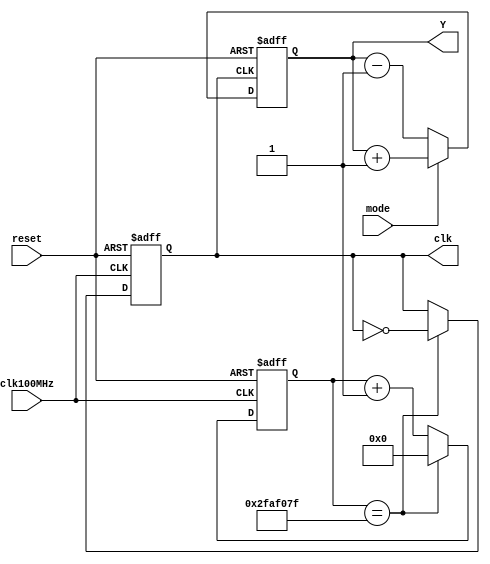
`timescale 1ns / 1ps
//////////////////////////////////////////////////////////////////////////////////
// Company: 
// Engineer: 
// 
// Design Name: 
// Module Name: counter_4_16
// Project Name: 
// Target Devices: 
// Tool Versions: 
// Description: 
// 
// Dependencies: 
// 
// Revision:
// Revision 0.01 - File Created
// Additional Comments:
// 
//////////////////////////////////////////////////////////////////////////////////


module counter_4_16(
    input reset,
    input mode,
    input clk100MHz,
    output reg [3:0] Y,
    output reg clk
    );
    
   parameter COUNTER_WIDTH = 4;
   reg [26: 0] clk_cnt;
// reg [COUNTER_WIDTH-1:0] Q = {COUNTER_WIDTH{1'b0}};

    always  @(posedge clk100MHz or negedge reset) begin
            if(reset == 1'b0)
                clk_cnt <= 'd0;
            else if(clk_cnt == 'd49_999_999)
                clk_cnt <= 'd0;
            else
                clk_cnt <= clk_cnt + 1'b1;
    end
    
    //clk_1hz
    always @(posedge clk100MHz or negedge reset) begin
            if(reset == 1'b0)
                clk <= 1'b0;
            else if(clk_cnt == 'd49_999_999)
                clk <= ~clk;
    end

    always @(posedge clk or negedge reset)
        if (!reset)
            Y <= {COUNTER_WIDTH{1'b0}};
        else
            if (mode)
                Y <= Y + 1'b1;
            else
                Y <= Y - 1'b1;
endmodule